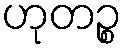
ဟုတဉ္စ